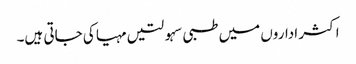
اکثر اداروں میں طبی سہولتیں مہیا کی جاتی ہیں۔